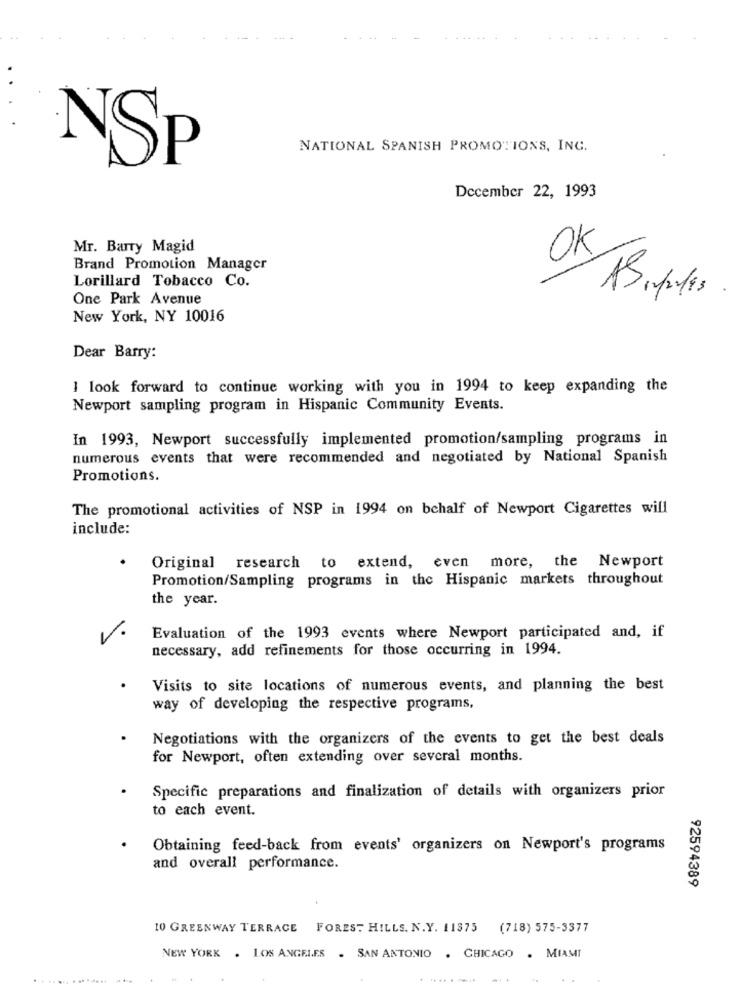
NATIONAL SPANISH PROMOTIONS, ING.
NSP
December 22, 1993
Mr. Barry Magid
OK
Brand Promotion Manager
Lorillard Tobacco Co.
One Park Avenue
New York, NY 10016
Dear Barry:
I look forward to continue working with you in 1994 to keep expanding the
Newport sampling program in Hispanic Community Events.
In 1993, Newport successfully implemented promotion/sampling programs in
numerous events that were recommended and negotiated by National Spanish
Promotions.
The promotional activities of NSP in 1994 on behalf of Newport Cigarettes will
include:
Original research to extend, even more, the Newport
Promotion/Sampling programs in the Hispanic markets throughout
the year.
-
Evaluation of the 1993 events where Newport participated and, if
necessary, add refinements for those occurring in 1994.
Visits to site locations of numerous events, and planning the best
way of developing the respective programs,
Negotiations with the organizers of the events to get the best deals
for Newport, often extending over several months.
Specific preparations and finalization of details with organizers prior
to each event.
Obtaining feed-back from events' organizers on Newport's programs
and overall performance.
92594389
10 GREENWAY TERRACE FOREST HILLS. N.Y. 11975 (718) 575-3377
NEW YORK . LOS ANGELES . SAN ANTONIO . CHICAGO . MIAMI
.......